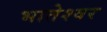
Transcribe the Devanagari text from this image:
भातेश्वर